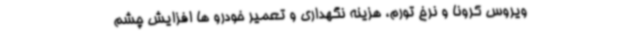
ویروس کرونا و نرخ تورم، هزینه نگهداری و تعمیر خودرو ها افزایش چشم